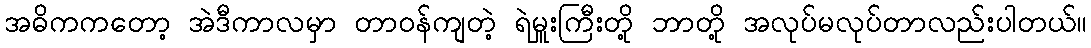
အဓိကကတော့ အဲဒီကာလမှာ တာဝန်ကျတဲ့ ရဲမှူးကြီးတို့ ဘာတို့ အလုပ်မလုပ်တာလည်းပါတယ်။